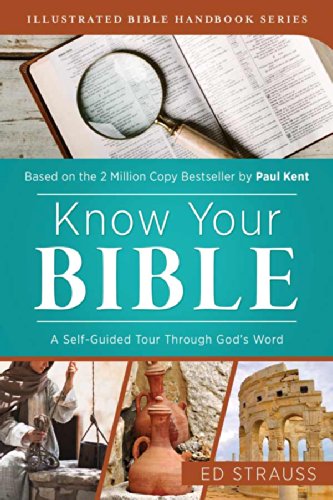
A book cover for Know Your Bible:  A Self-Guided Tour Through Gods Word (Illustrated Bible Handbook Series); Ed Strauss; Christian Books & Bibles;